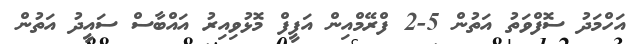
އަހްމަދު ސޮފްވަތު އަތުން 5-2 ފްރޭމްއިން އަފީފް މޮޅުވިއިރު އައްބާސް ސައީދު އަތުން